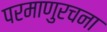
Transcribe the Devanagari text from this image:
परमाणुरचना